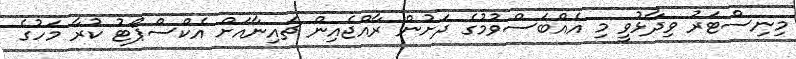
މިނިސްޓަރު ވިދާޅުވީ މި އެއްބަސްވުމުގެ ދަށުން ރާއްޖެއިން ޗައިނާއަށް އެކްސްޕޯޓު ކުރާ މަހުގެ